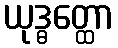
ယုဒ္ဓတ္ထော